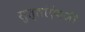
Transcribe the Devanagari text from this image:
सुत्तांऐवजी